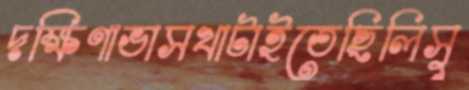
দক্ষিণাভাসখাটাইতেছিলিসু